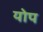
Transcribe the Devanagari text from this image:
योप